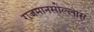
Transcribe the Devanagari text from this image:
राजमानसोल्लास